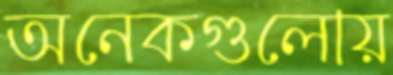
অনেকগুলোয়